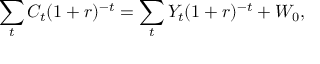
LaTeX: \sum _ { t } C _ { t } ( 1 + r ) ^ { - t } = \sum _ { t } Y _ { t } ( 1 + r ) ^ { - t } + W _ { 0 } ,